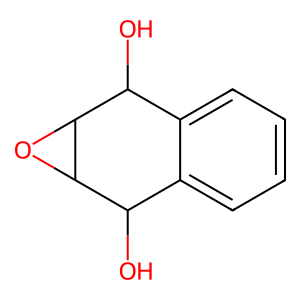
SMILES: OC1c2ccccc2C(O)C2OC12
Inhibits HIV replication: No